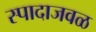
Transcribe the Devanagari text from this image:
स्पादाजवळ